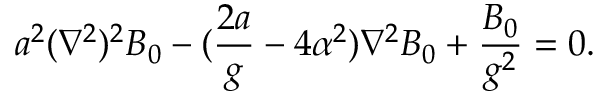
a ^ { 2 } ( \nabla ^ { 2 } ) ^ { 2 } B _ { 0 } - ( { \frac { 2 a } { g } } - 4 \alpha ^ { 2 } ) \nabla ^ { 2 } B _ { 0 } + { \frac { B _ { 0 } } { g ^ { 2 } } } = 0 .